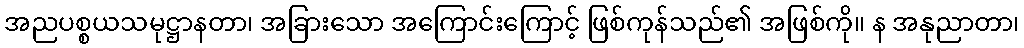
အညပစ္စယသမုဋ္ဌာနတာ၊ အခြားသော အကြောင်းကြောင့် ဖြစ်ကုန်သည်၏ အဖြစ်ကို။ န အနုညာတာ၊